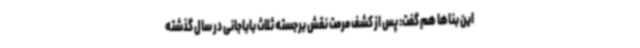
این بناها هم گفت: پس از کشف مرمت نقش برجسته ثلاث باباجانی در سال گذشته